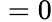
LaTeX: {}=0